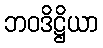
ဘဝဒိဋ္ဌိယာ